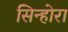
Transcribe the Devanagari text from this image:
सिन्होरा